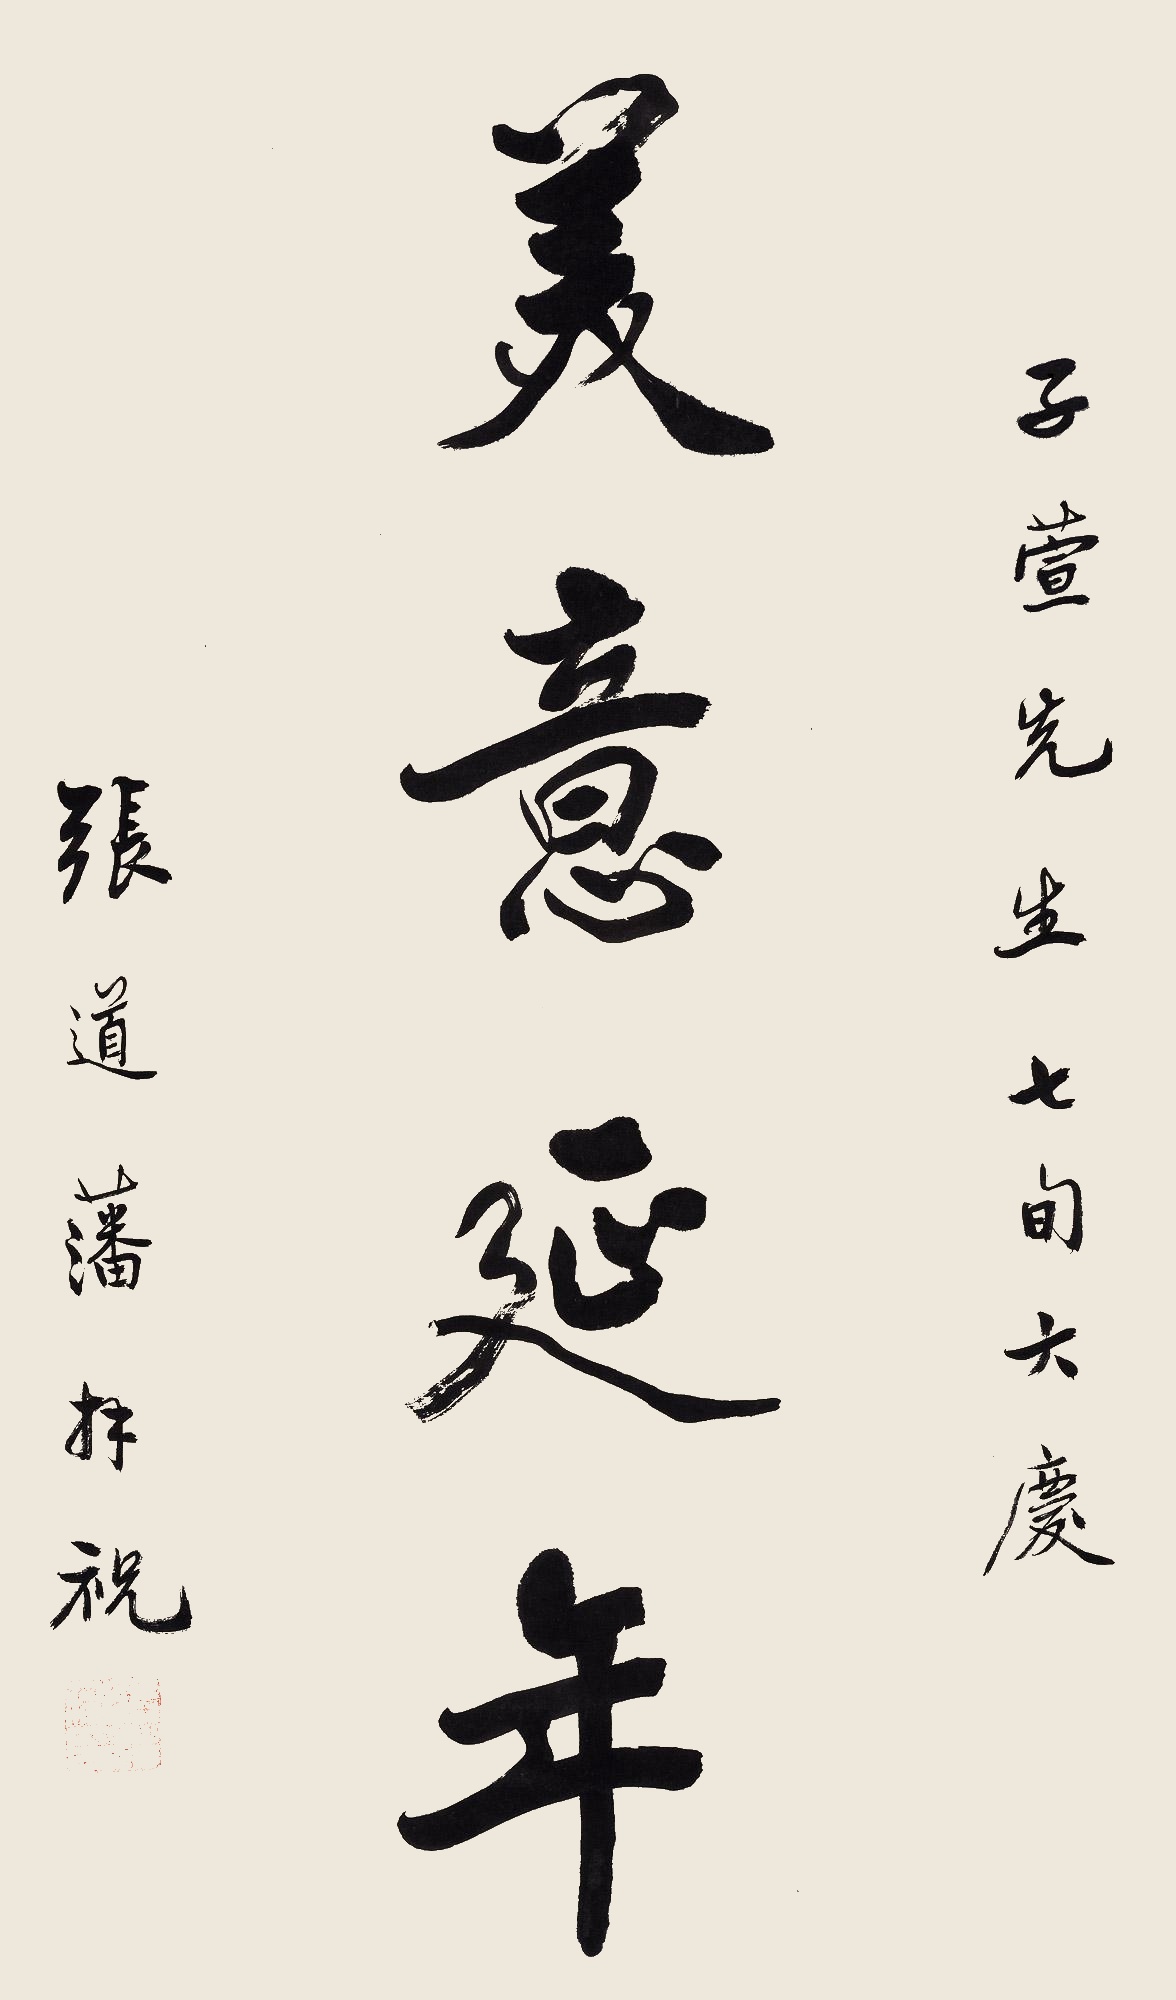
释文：美意延年子萱先生七旬大庆，张道藩拜祝。